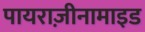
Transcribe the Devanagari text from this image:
पायराज़ीनामाइड